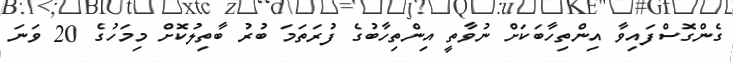
ގެންގޮސްފައިވާ އިންތިހާބަކަށް ނުވާތީ އިންތިހާބުގެ ފުރަތަމަ ބުރު ބާތިލުކޮށް މިމަހުގެ 20 ވަނަ